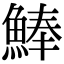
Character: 𩸮